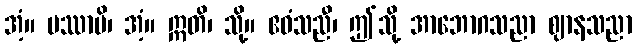
အံ့။ ပဿာမိ၊ အံ့။ ဣတိ၊ သို့။ ဧဝံသညီ၊ ဤသို့ အာဘောဂသညာ ဈာနသညာ